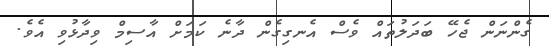
ގެންނަން ޖެހޭ ބަދަލުތައް ވެސް އެނގިގެން ދާނެ ކަމަށް އާސިމް ވިދާޅުވި އެވެ.